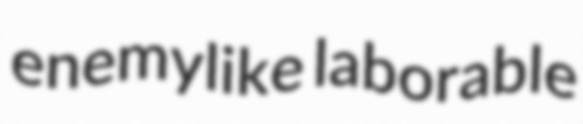
enemylike laborable